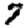
Digit: 7